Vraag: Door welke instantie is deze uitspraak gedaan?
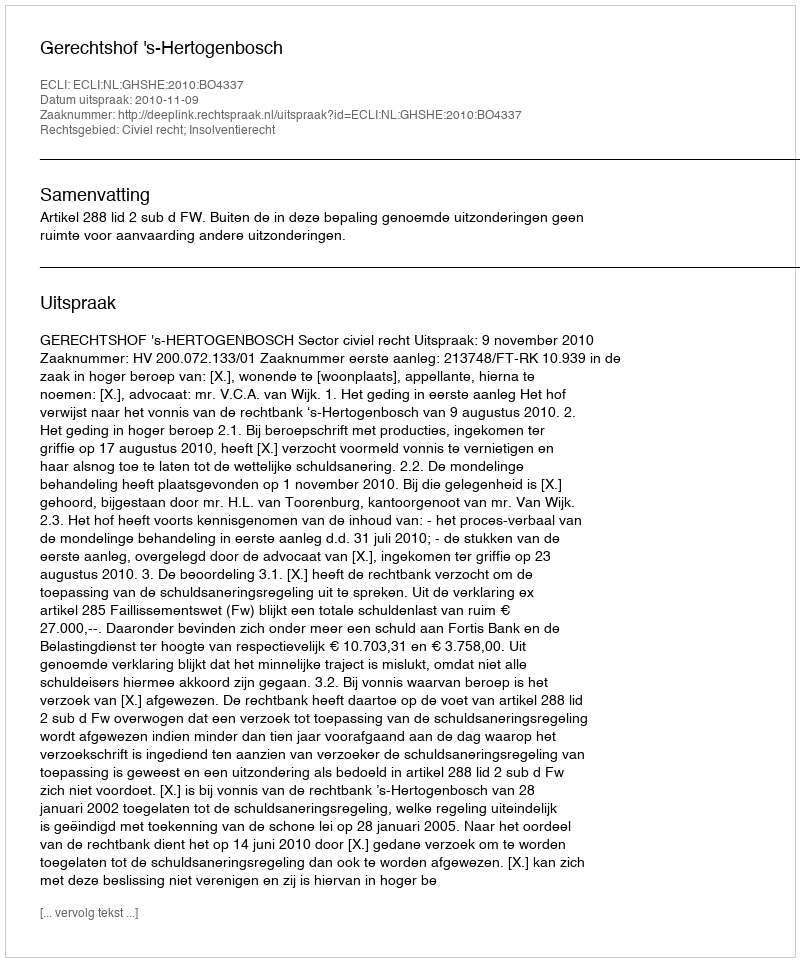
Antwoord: Gerechtshof 's-Hertogenbosch